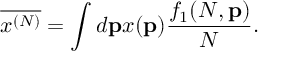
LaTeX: \overline { { { x ^ { ( N ) } } } } = \int d { \bf p } x ( { \bf p } ) \frac { f _ { 1 } ( N , { \bf p } ) } { N } .